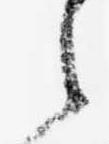
之